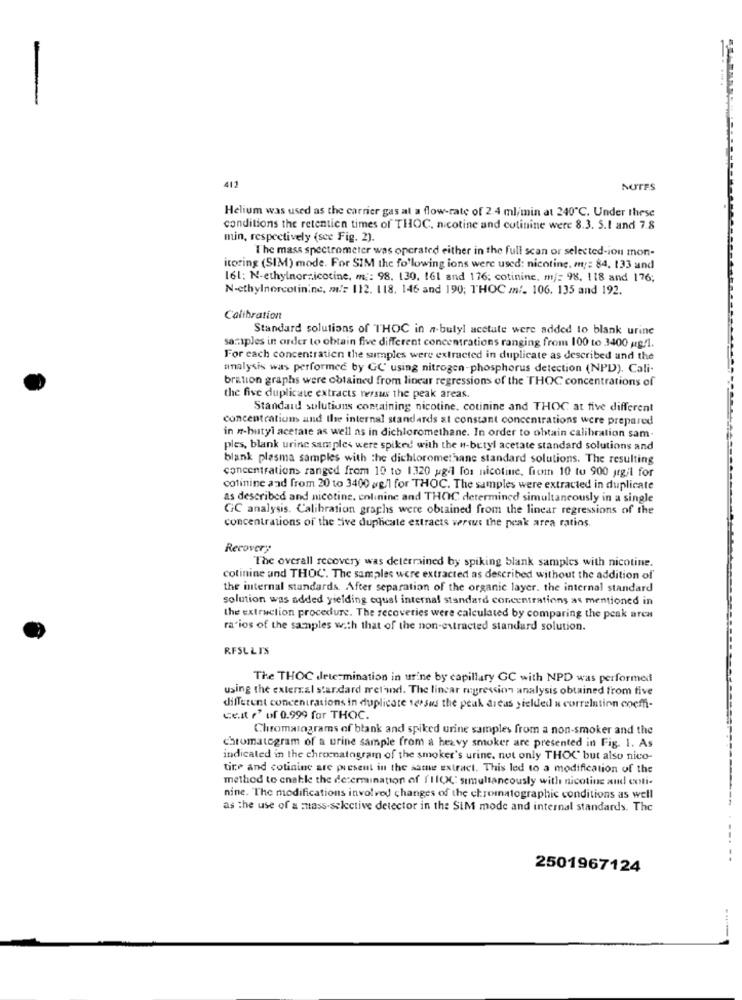
412
NUTFS
Helium was used as the carrier gas at a flow-rate of 2.4 ml/min at 240℃. Under these
conditions the retention times of THOC, nicotine and cotinine were 8.3. 5.1 and 7.8
min, respectively (see Fig. 2).
The mass spectrometer was operated either in the full scan or selected-ion mon-
itoring (SIM) mode. For SIM the following ions were used: nicotine. m ;: 84. 133 and
161: N-ethylnornicotine, m ;: 98. 130, 161 and 176; cotinine, m/: 98. 118 and 176;
N-ethylnorcotinine. m !: 112. 118, 146 and 190; THOC //. 106. 135 and 192.
Calibration
Standard solutions of THOC in a-bulyl acetate were added to blank urine
samples in order to obtain five different concentrations ranging from 100 to 3400 ug/1.
For each concentratien the samples were extracted in duplicate as described and the
analysis was performed by GC using nitrogen-phosphorus detection (NPD). Cali-
bration graphs were obtained from linear regressions of the THOC concentrations of
the five duplicate extracts rersus the peak areas.
Standard solutions containing nicotine. cotinine and THOC at five different
concentration and the internal standards at constant concentrations were prepared
in n-butyl acetate as well as in dichloromethane. In order to obtain calibration sam-
ples, blank urine samples were spiked with the n-butyl acetate standard solutions and
blank plasma samples with the dichloromethane standard solutions. The resulting
concentrations ranged from 10 to 1320 ug-l fos nicotine, from 10 to 900 grgil for
colinine and from 20 to 3400 ag/1 for THOC. The samples were extracted in duplicate
as described and nicotine. colinine and THOC determined simultaneously in a single
GC analysis. Calibration graphs were obtained from the linear regressions of the
concentrations of the five duphcate extracts weris the peak area ratios.
Recovery
The overall recovery was deterrained by spiking blank samples with nicotine.
cotinine and THOC. The samples were extracted as described without the addition of
the internal standards. After separation of the organic layer. the internal standard
solution was added yielding equal internal standard concentrations as mentioned in
the extraction procedure. The recoveries were calculated by comparing the peak arca
ra ios of the samples with that of the non-extracted standard solution.
RFSLLIS
The THOC iletermination in urine by capillary GC with NPD was performed
using the external standard metwxd. The linear regression analysis obtained from tive
different concentrations in duplicate 1etsus the peak dieus yielded a correlation coeffi-
ce.it e' of 0.999 for THOC.
Chromatograms of blank and spiked urine samples from a non-smoker and the
chromatogram of a urine sample from a heavy smoker are presented in Fig. 1. As
indicated in the chromatogram of the smoker's urine. not only THOC" but also nico-
tire and cotinine are present in the same extract. This led to a modification of the
method to enable the determination of I'llOC simultaneously with nicotine and coli-
nine. The modifications involved changes of the chromatographic conditions as well
as the use of a suass-selective detector in the SIM mode and internal standards. The
2501967124